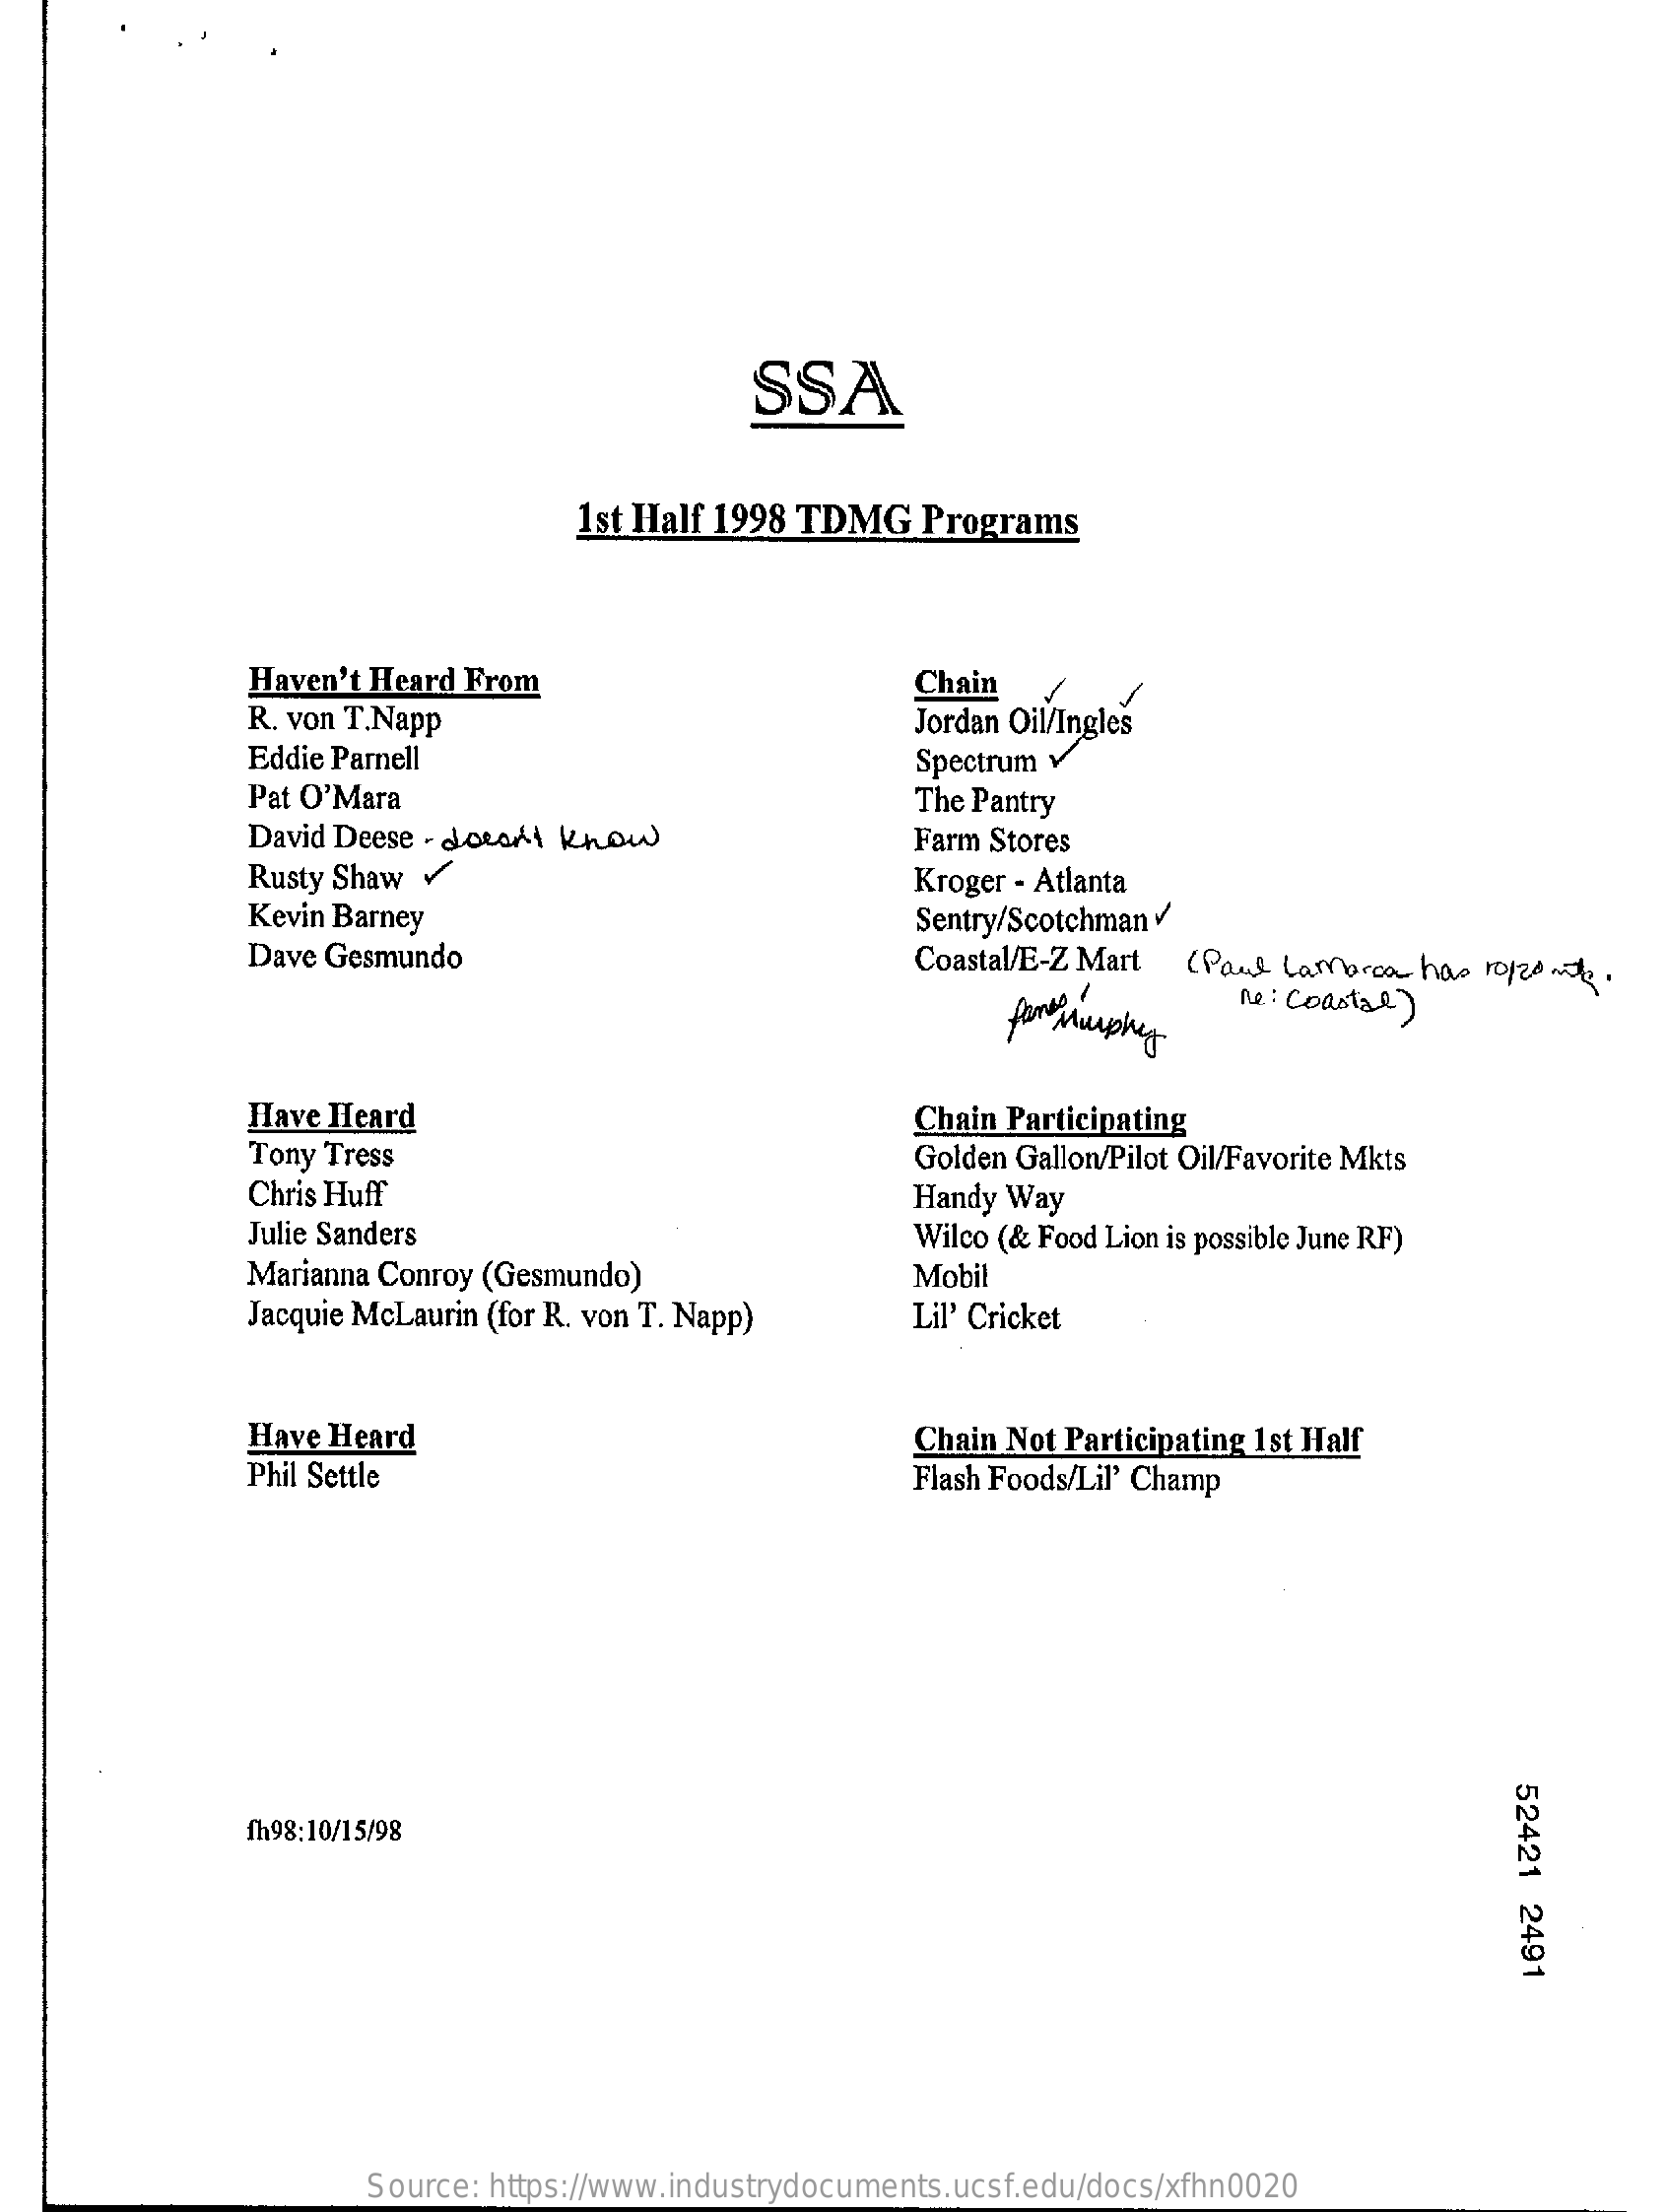
SSA
     1st Half 1998 TDMG   Programs
     Haven't Heard From    Chain
     R. von T.Napp    Jordan Oil/Ingles
     Eddie Parnell    Spectrum v
     Pat O'Mara    The Pantry
     David Deese - doesn't Know    Farm Stores
     Rusty Shaw    Kroger - Atlanta
     Kevin Barney    Sentry/Scotchman
     Dave Gesmundo    Coastal/E-Z Mart (Paul Lambroa  has ropzonk.
     forMurphy
     Re : coastal)
     Have Heard    Chain Participating
     Tony Tress    Golden Gallon/Pilot Oil/Favorite Mkts
     Chris Huff    Handy Way
     Julie Sanders    Wilco (& Food Lion is possible June RF)
     Marianna Conroy (Gesmundo)    Mobil
     Jacquie McLaurin (for R. von T. Napp)    Lil' Cricket
     Have Heard    Chain Not Participating 1st Half
     Phil Settle    Flash Foods/Lil' Champ
     52421
     2491
     fh98:10/15/98
     Source: https://www.industrydocuments.ucsf.edu/docs/xfhn0020